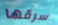
سرقها